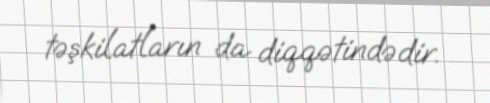
təşkilatların da diqqətindədir.